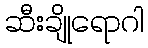
ဆီးချိုရောဂါ